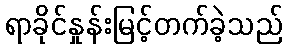
ရာခိုင်နှုန်းမြင့်တက်ခဲ့သည်